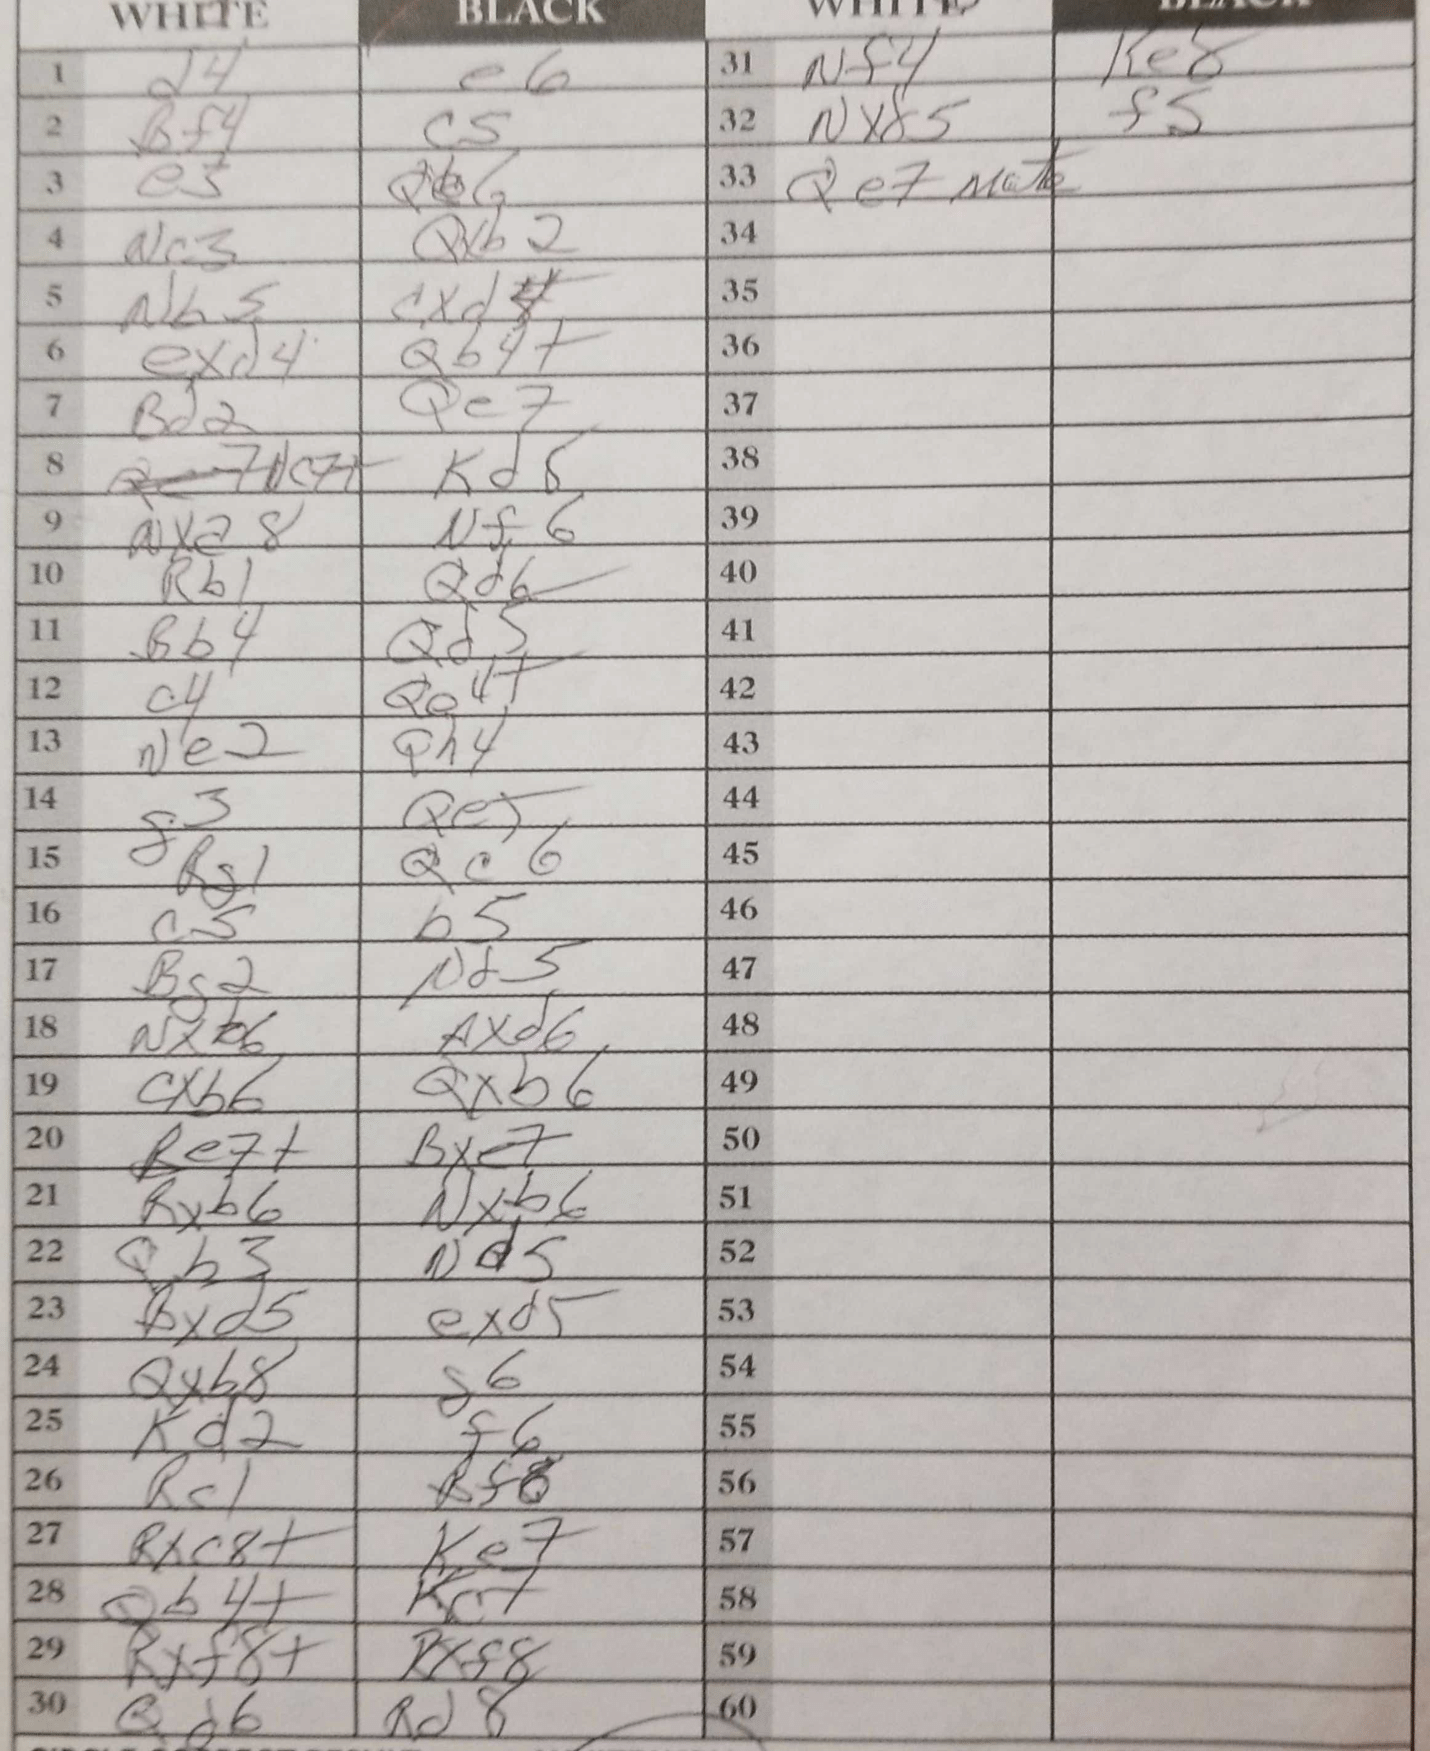
Moves: d4 e6 Bf4 c5 e3 Qb6 Nc3 Qxb2 Nb5 cxd4 exd4 Qb4+ Bd2 Qe7 c7+ Kd8 Nxa8 Nf6 Rb1 Qd6 Bb4 Qd5 c4 Qe4+ Ne2 Qh4 g3 Qe5 Rg1 Qc6 c5 b5 Bg2 Nd5 Nxb6 axd6 cxb6 Qxb6 Be7+ Bxe7 Rxb6 Nxb6 Qb3 Nd5 Bxd5 exd5 Qxb8 g6 Kd2 f6 Rc1 Bf8 Rxc8+ Ke7 Qb4+ Kc7 Rxf8+ Rxf8 Qd6 Rd8 Nf4 Ke8 Nxd5 f5 Qe7